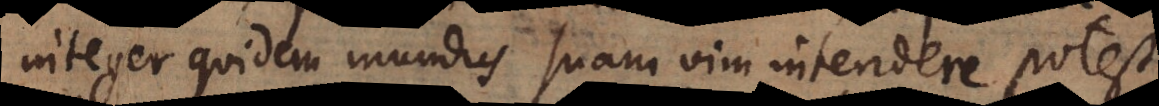
integer quidem mundus suam vim intendere potest